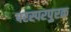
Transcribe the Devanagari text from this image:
परस्परपुरक